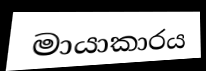
මායාකාරය